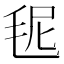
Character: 𣭙